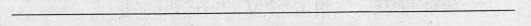
___